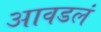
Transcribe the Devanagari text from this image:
आवडलं